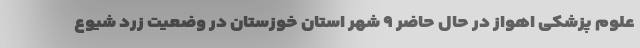
علوم پزشکی اهواز در حال حاضر ۹ شهر استان خوزستان در وضعیت زرد شیوع